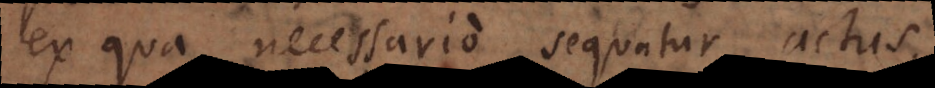
ex qua necessario sequatur actus.